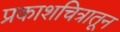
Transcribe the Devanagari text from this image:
प्रकाशचित्रातून